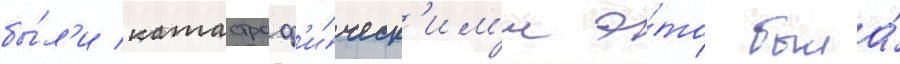
бы́л'и катастроф'и́ческ'им'и э́то была́